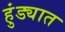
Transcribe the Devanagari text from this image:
हुंड्यात